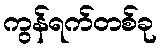
ကွန်ရက်တစ်ခု